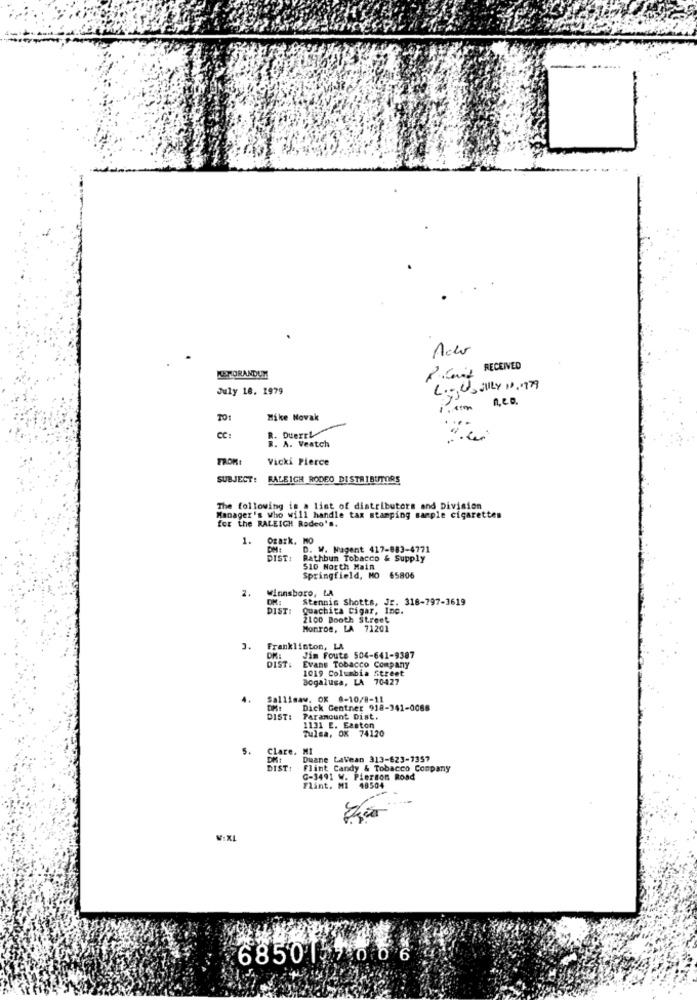
---...
Acho
RECEIVED
KERORANDUM
July 16. 1979
Loged, July 11. 1979
n,co.
TO
Mike Novak
CC:
R. Duertl
R. A. Veatch
FROM:
Vicki Pierce
SUBJECT: RALEICH RODEO DISTRIBUTORS
The following is a list of distributors and Division
Manager's who will handle tax stamping sample cigarettes
for the RALEIGH Rodeo's.
1.
Ozark. MO
D. W. Nagent 417-883-4771
DIST1
Rathbun Tobacco & Supply
$10 North Main
Springfield, MO 65806
2.
Winnsboro, LA
DM
Stennis Shotts, Jr. 318-797-3619
DIST:
Quachita Cigar, Inc.
2100 Booth Street
Monroe, LA 71201
Franklinton, LA
DIST:
Jim Foute 504-641-9387
Evans Tobacco Company
1019 Columbia Street
Bogalusa, LA 70427
Sallisaw. OK 8-10/8-11
Dick Gentner 918-341-0068
DIST:
Paramount Dist.
Tulsa, OK 74120
1131 E. Easton
S.
Clare. MI
Duane Lavean 313-623-7357
DIST:
Flint Candy & Tobacco Company
G-3491 W. Pierson Road
Flint, MI 48504
VIXL
68501 7 006